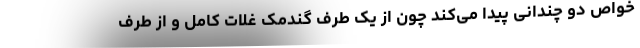
خواص دو چندانی پیدا می‌کند چون از یک طرف گندمک غلات کامل و از طرف